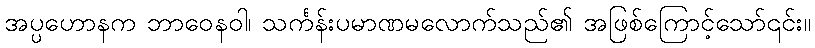
အပ္ပဟောနက ဘာဝေနဝါ၊ သင်္ကန်းပမာဏမလောက်သည်၏ အဖြစ်ကြောင့်သော်၎င်း။